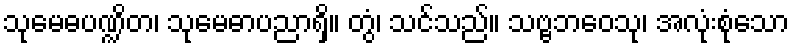
သုမေဓပဏ္ဍိတ၊ သုမေဓာပညာရှိ။ တွံ၊ သင်သည်။ သဗ္ဗဘဝေသု၊ အလုံးစုံသော